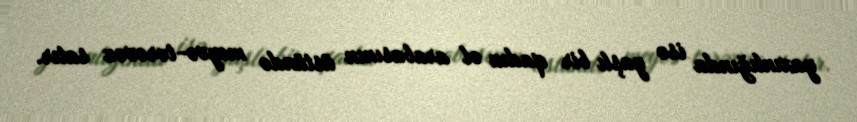
yaxınlığında isə yaşlı bir qadın əl arabasının üstündə meyvə-tərəvəz satır.